Riigikantselei, lk 391
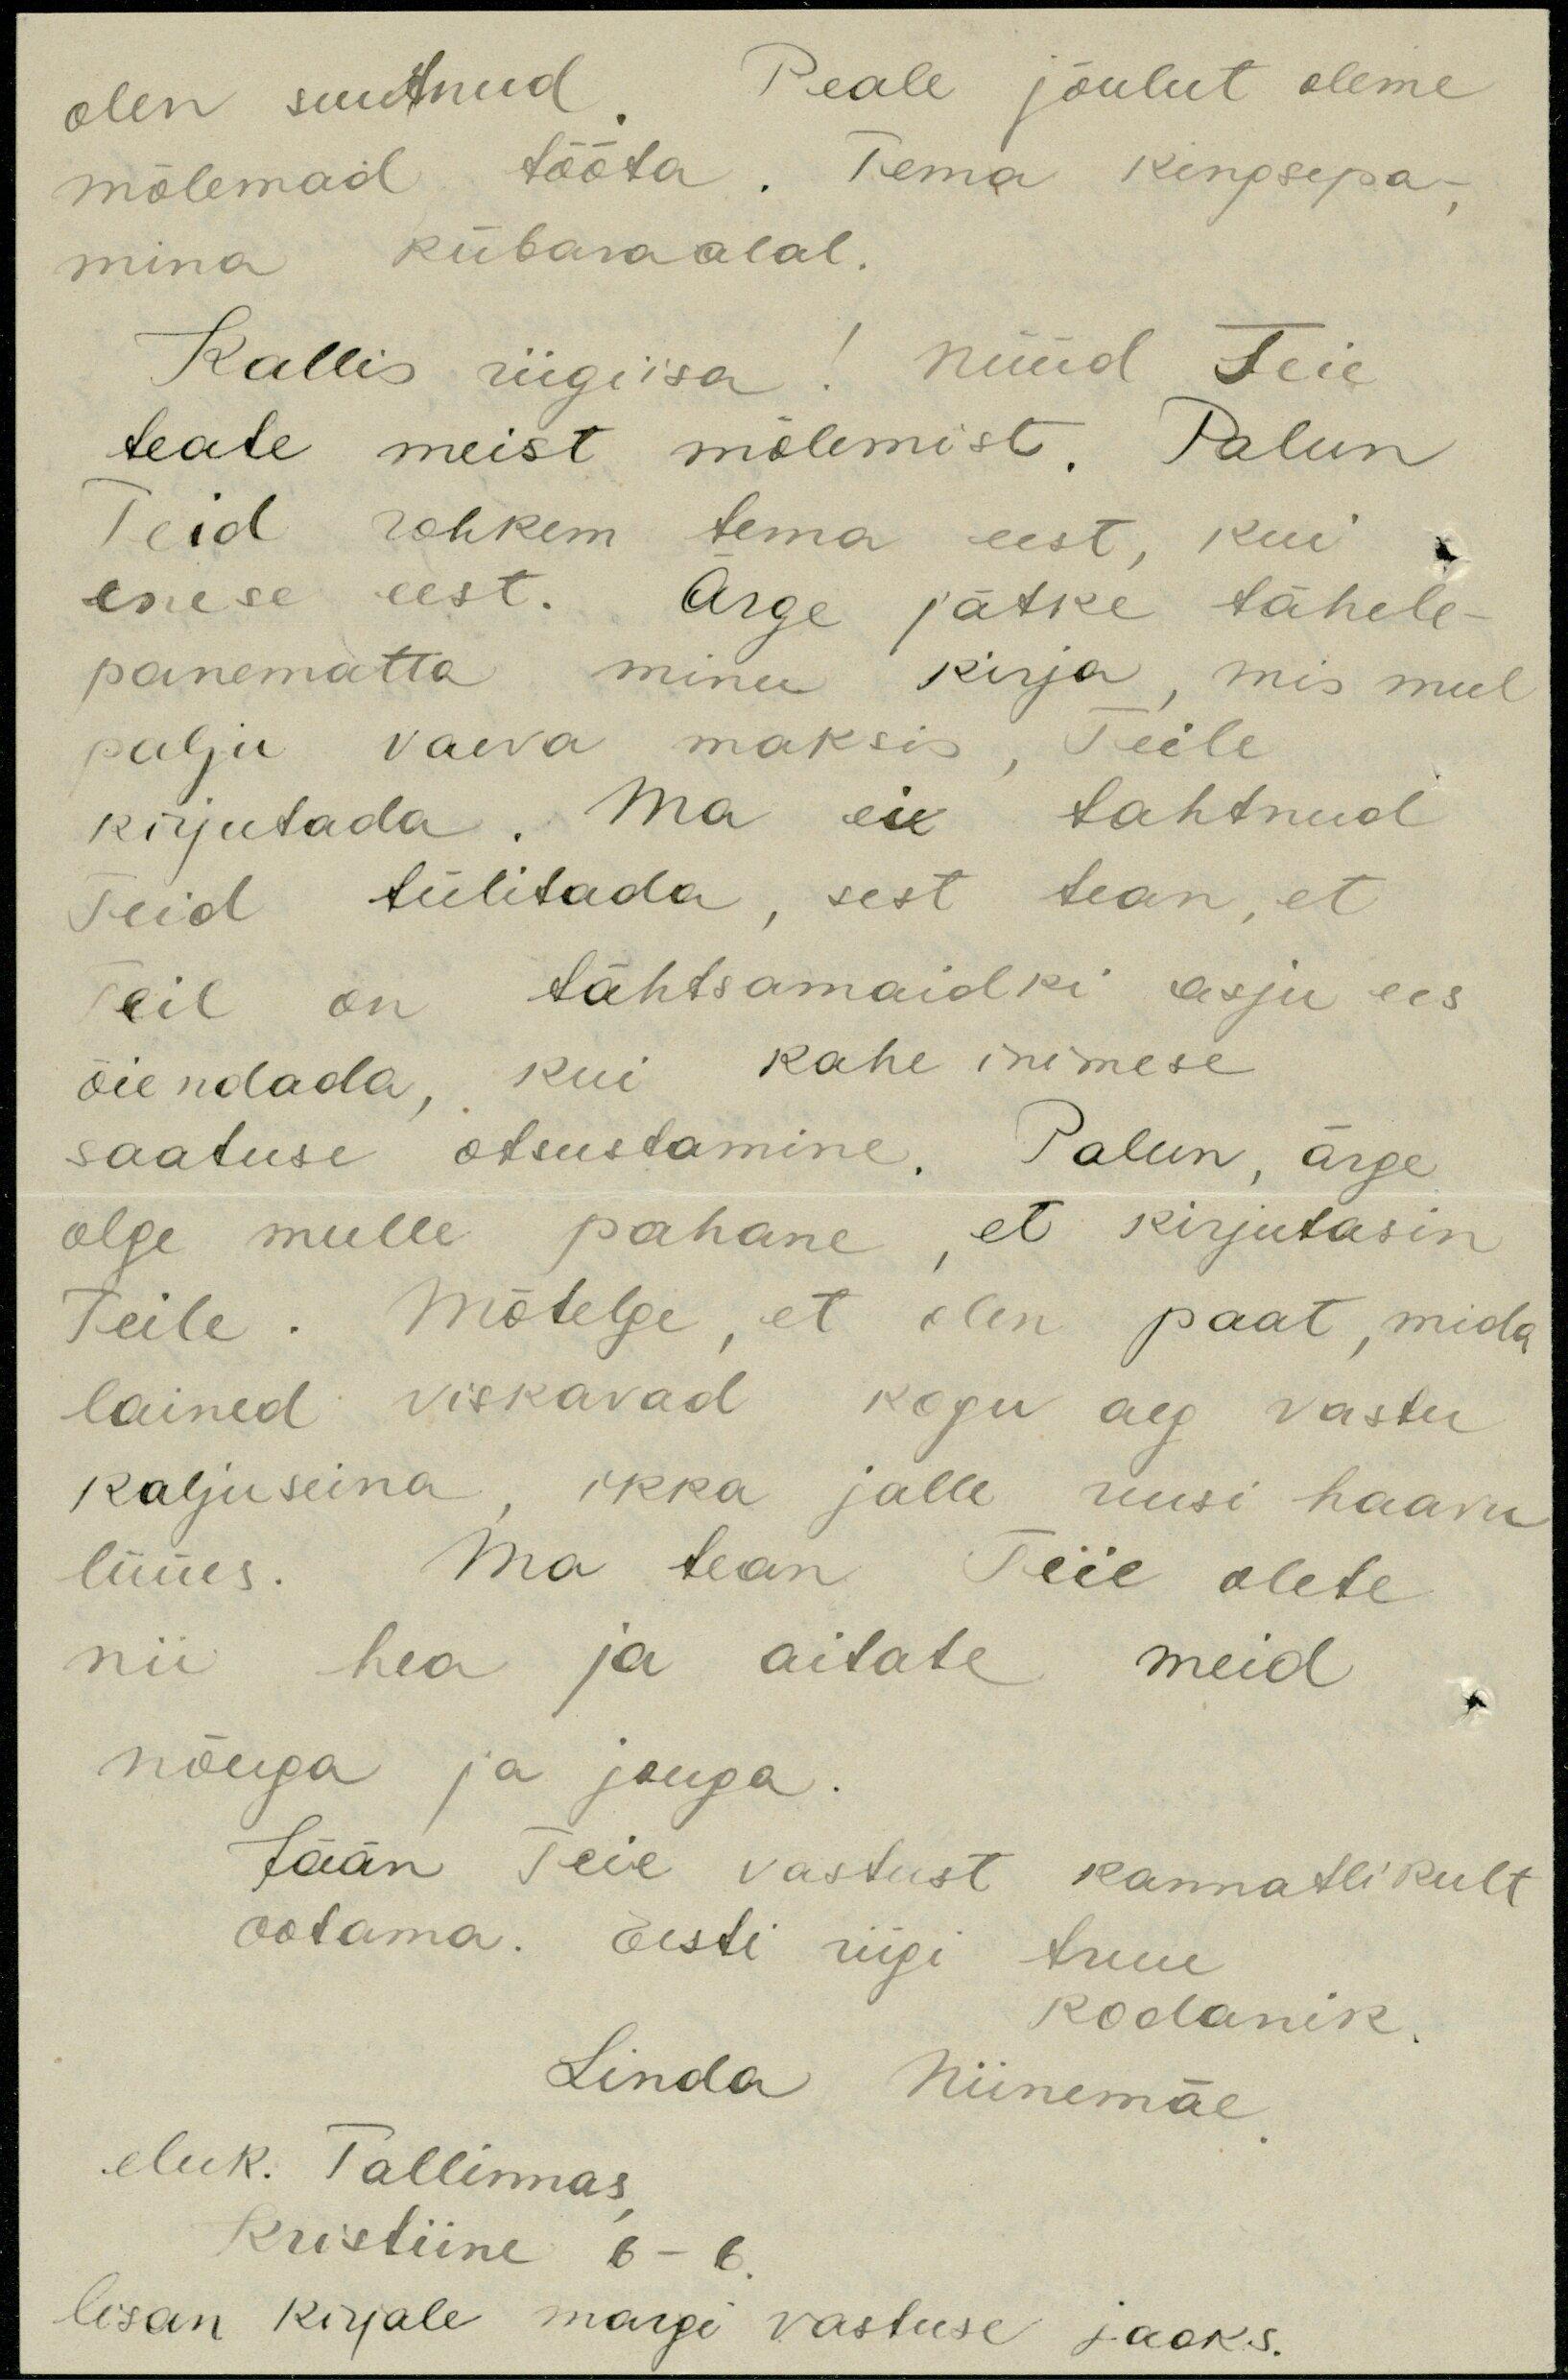
olen suutnud. Peale jõulut oleme
mõlemad tööta. Tema kingsepa -
mina kübaraalal.
Kallis riigiisa! Nüüd Teie
teate meist mõlemist. Palun
Teid rohkem tema eest, kui
enese eest. Ärge jätke tähele -
panematta minu kirja, mis mul
palju vaeva maksis, Teile
kirjutada. Ma ei tahtnud
Teid tülitada, sest tean, et
Teil on tähtsamaidki asju ees
õiendada kui kahe inimese
saatuse otsustamine. Palun, ärge
olge mulle pahane, et kirjutasin
Teile. Mõtelge, et olen paat, mida
lained viskavad kogu aeg vastu
kaljuseina, ikka jälle uusi haavu
lüües. Ma tean Teie olete
nii hea ja aitate meid
nõuga ja jouga.
Jään Teie vastust kannatlikult
ootama. Eesti riigi truu
kodanik.
Linda Niinemäe
eluk. Tallinnas
Kristiine 6 - 6
lisan kirjale margi vastuse jaoks.